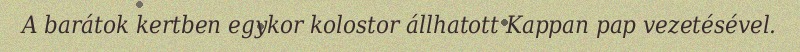
A barátok kertben egykor kolostor állhatott Kappan pap vezetésével.